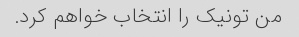
من تونیک را انتخاب خواهم کرد.